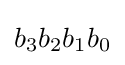
b_{3}b_{2}b_{1}b_{0}